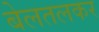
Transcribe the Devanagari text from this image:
बेलतलकर